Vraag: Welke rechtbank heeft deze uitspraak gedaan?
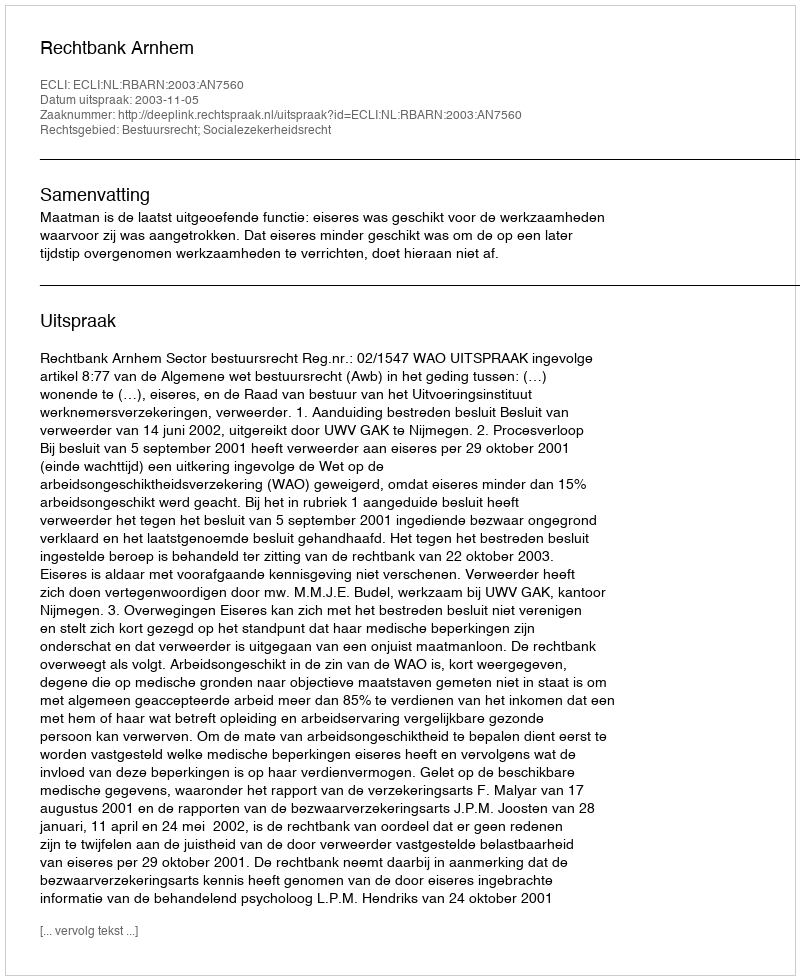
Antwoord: Rechtbank Arnhem